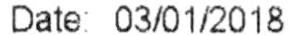
DATE: 03/01/2018